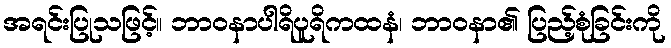
အရင်းပြုသဖြင့်။ ဘာဝနာပါရိပူရိကထနံ၊ ဘာဝနာ၏ ပြည့်စုံခြင်းကို